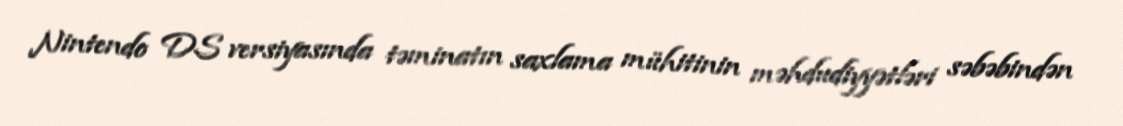
Nintendo DS versiyasında təminatın saxlama mühitinin məhdudiyyətləri səbəbindən